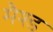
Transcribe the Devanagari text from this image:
मैश्ड